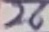
Text: 26